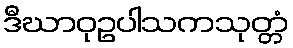
ဒီဃာဝုဥပါသကသုတ္တံ